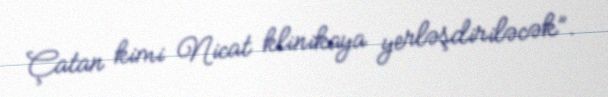
Çatan kimi Nicat klinikaya yerləşdiriləcək”.